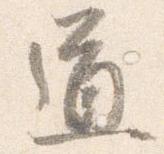
道